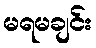
မရမချင်း